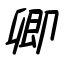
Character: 卿